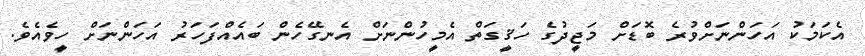
އެކަމަކު އަހަންނަށްވުރެ ބޮޑަށް މަޖީދުގެ ހަޤީގަތް އެމީހުންނަށް އެނގޭހެން ބައެއްފަހަރު އަހަންނަށް ހީވެއެވެ.